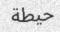
حيطة